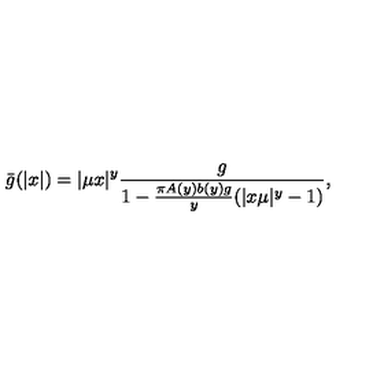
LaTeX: \bar { g } ( | x | ) = | \mu x | ^ { y } \frac { g } { 1 - \frac { \pi A ( y ) b ( y ) g } { y } ( | x \mu | ^ { y } - 1 ) } ,